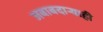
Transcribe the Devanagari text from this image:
जबाबदार्‍याही